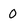
Character: 0